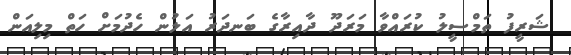
ޝަރީފު ތަމްސީލު ކުރައްވާ މަރަދޫ ދާއިރާގެ ބަނދަރު އަލުން ހެދުމަށް ހަތް މިލިއަން